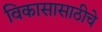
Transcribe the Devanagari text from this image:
विकासासाठीचे